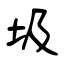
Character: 圾